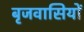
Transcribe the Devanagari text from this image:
बृजवासियों